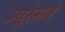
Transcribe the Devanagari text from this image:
न्यूरेमर्ब